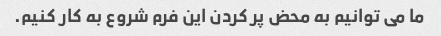
ما می توانیم به محض پر کردن این فرم شروع به کار کنیم.